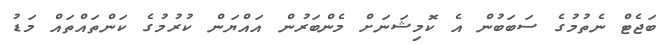
ބަޖެޓް ނެތުމުގެ ސަބަބުން އެ ކޮމިޝަނަށް މެންބަރުން އައްޔަން ކުރުމުގެ ކަންތައްތައް މަޑު